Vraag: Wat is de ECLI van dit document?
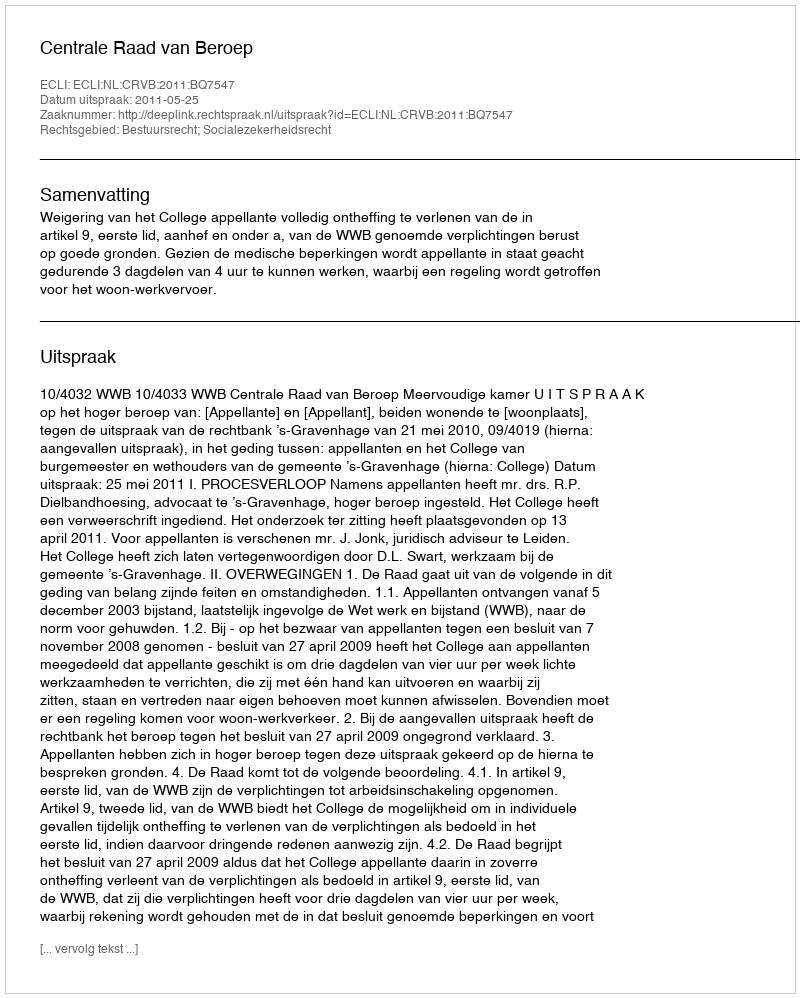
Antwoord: ECLI:NL:CRVB:2011:BQ7547